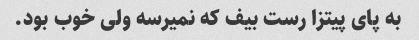
به پای پیتزا رست بیف که نمیرسه ولی خوب بود.